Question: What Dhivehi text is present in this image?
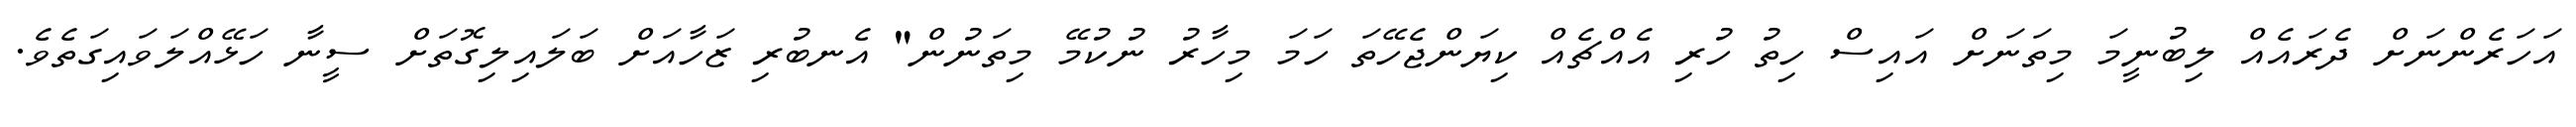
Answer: އަހަރެންނަށް ދެރައެއް ލިބުނީމަ މިތަނަށް އައިސް ހިތު ހުރި އެއްޗެއް ކިޔަންޖެހޭތަ ހަމަ މިހާރު ނުކުމޭ މިތަނުން" އެނބުރި ޒަހާއަށް ބަލައިލިގޮތަށް ސީނާ ހަޅޭއްލަވައިގަތެވެ.